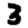
Digit: 3